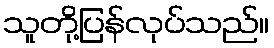
သူတို့ပြန်လုပ်သည်။